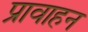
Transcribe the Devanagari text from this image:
प्रावाहन